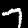
Digit: 7